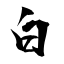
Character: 白